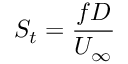
S _ { t } = \frac { f D } { U _ { \infty } }